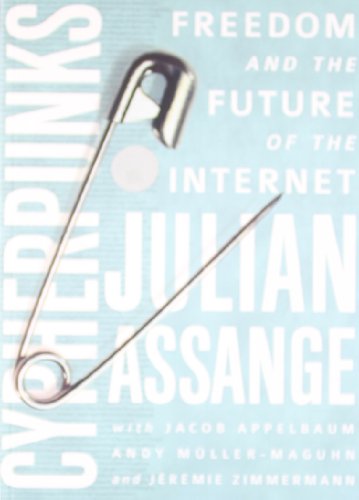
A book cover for Cypherpunks: Freedom and the Future of the Internet; Julian Assange; Computers & Technology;